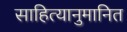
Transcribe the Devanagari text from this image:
साहित्यानुमानित